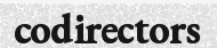
codirectors